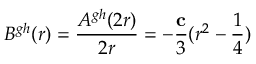
B ^ { g h } ( r ) = \frac { A ^ { g h } ( 2 r ) } { 2 r } = - \frac { \bf c } { 3 } ( r ^ { 2 } - \frac { 1 } { 4 } )